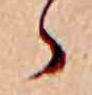
ゝ